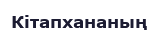
Кітапхананың